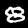
Label: 8